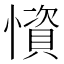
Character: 𢢾